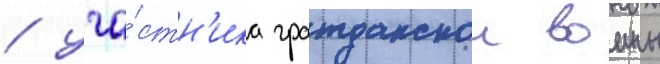
/ уча́стн'ика гражданскои воины